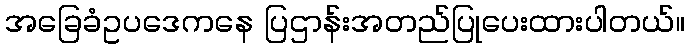
အခြေခံဥပဒေကနေ ပြဌာန်းအတည်ပြုပေးထားပါတယ်။